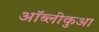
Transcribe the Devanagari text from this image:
ऑब्लीकुआ